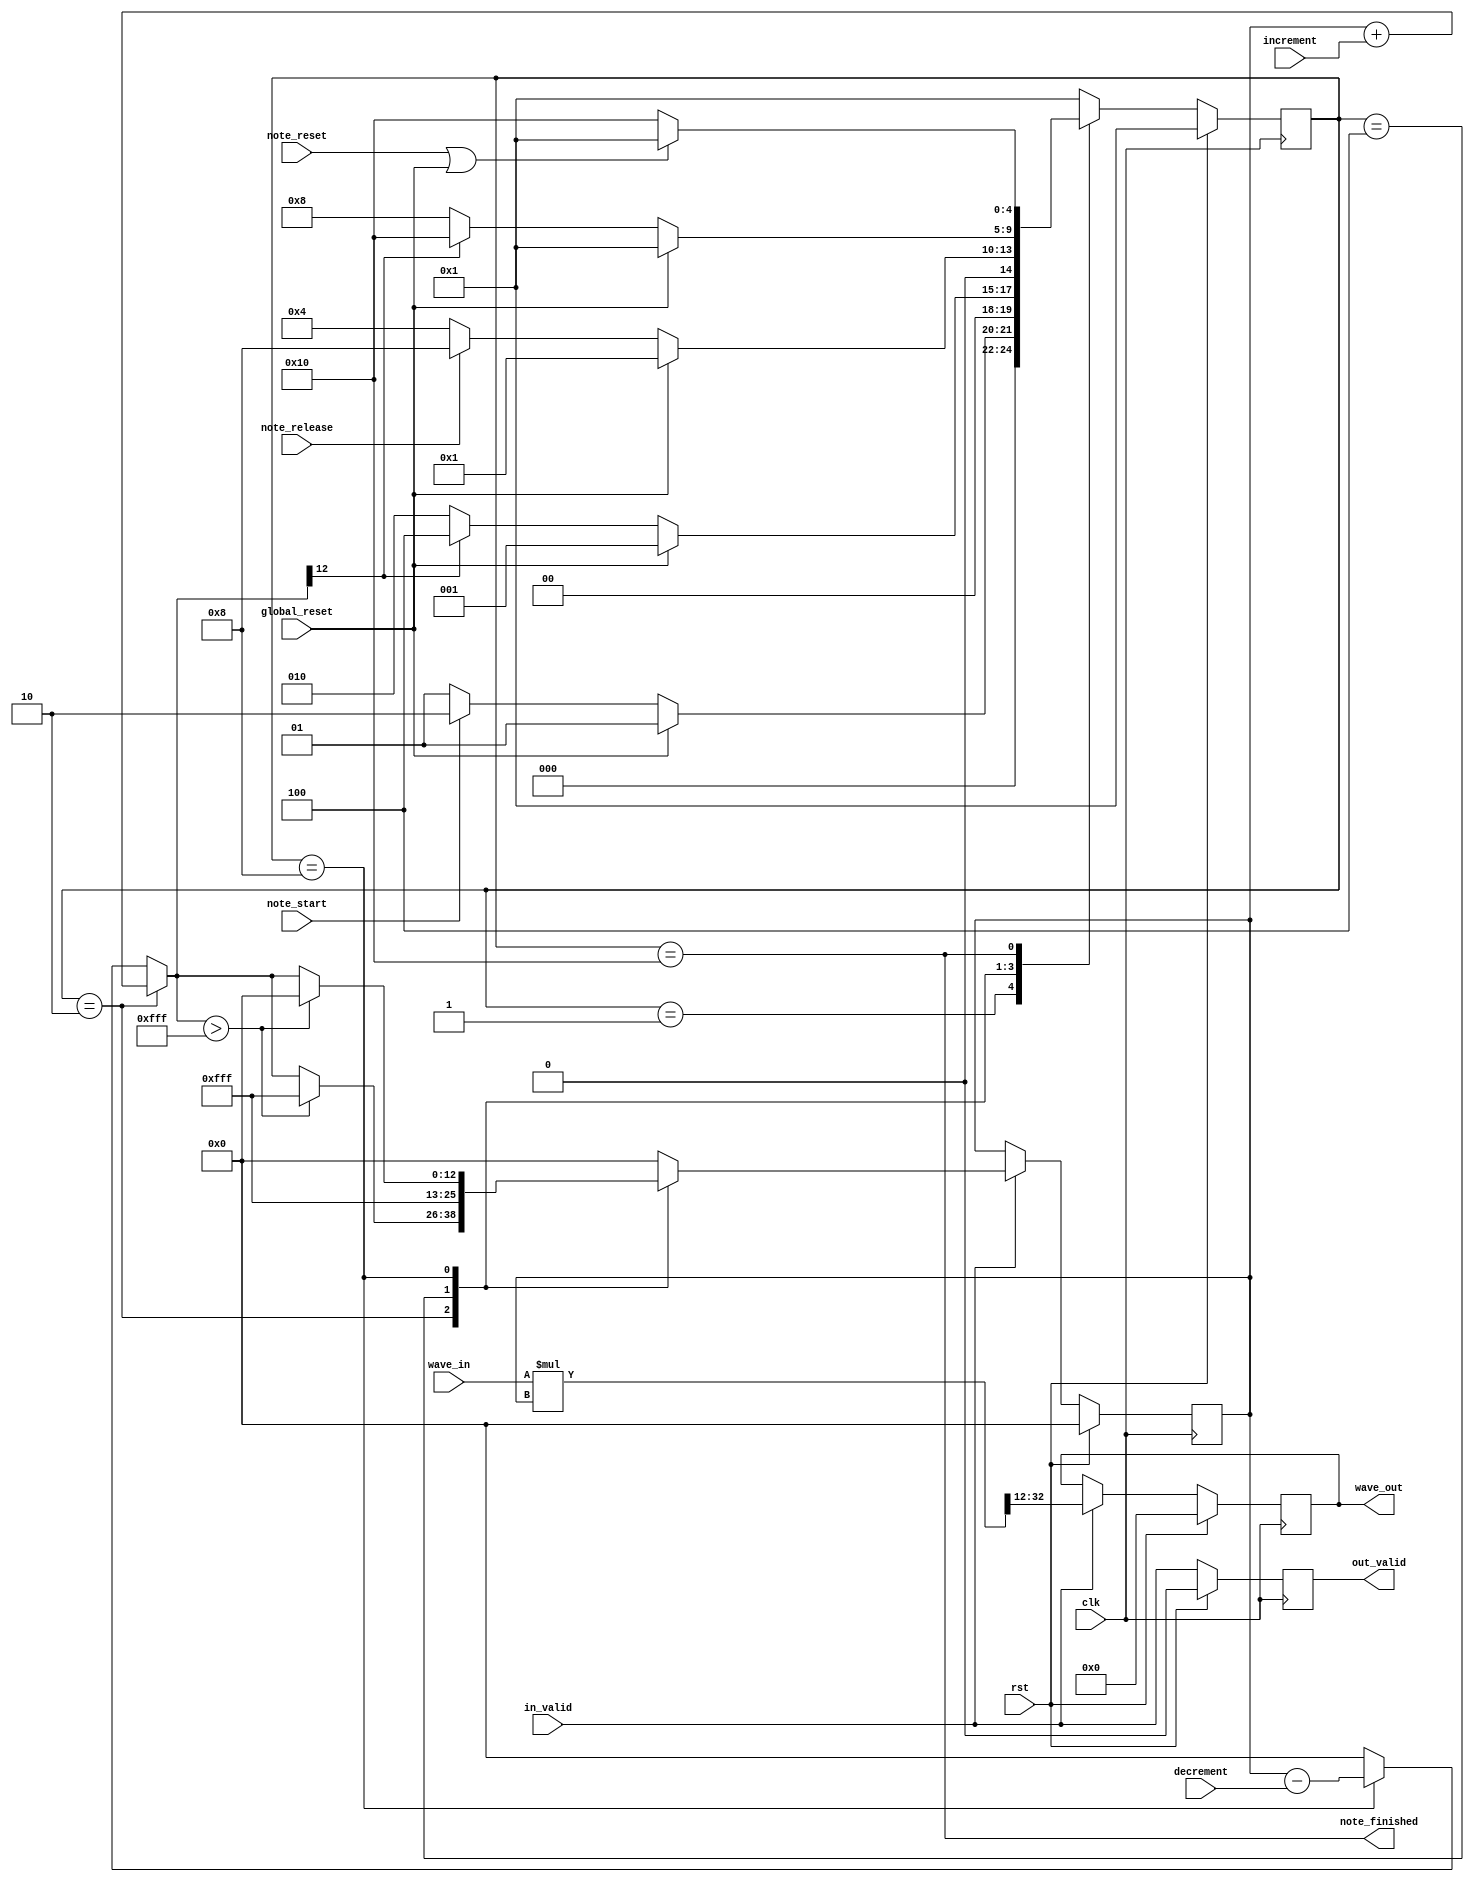
module adsr (
    input clk,
    input rst,
    input global_reset,
    input in_valid,
    input [20:0] wave_in,
    input note_start,
    input note_release,
    input note_reset,
    input [11:0] increment,
    input [11:0] decrement,
    output reg [20:0] wave_out,
    output note_finished,
    output reg out_valid
);

    localparam IDLE = 5'b00001, RISE = 5'b00010, PLAY = 5'b00100, FALL = 5'b01000, STOP = 5'b10000;
    
    reg [12:0] mult;
    wire [12:0] mult_n;
    reg [4:0] state;
    reg [4:0] next_state;
    
    wire [33:0] result;
    wire [20:0] result_q;

    assign mult_n = (state == RISE) ? mult + {1'b0, increment} : (state == FALL) ? mult - {1'b0, decrement} : 13'b0;

    always @ (*) begin
        case (state)
            IDLE:
                next_state = global_reset ? IDLE : note_start ? RISE : IDLE;
            RISE:
                next_state = global_reset ? IDLE : mult_n[12] ? PLAY : RISE;
            PLAY:
                next_state = global_reset ? IDLE : note_release ? FALL : PLAY;
            FALL:
                next_state = global_reset ? IDLE : mult_n[12] ? STOP : FALL;
            STOP:
                next_state = note_reset | global_reset ? IDLE : STOP;
            default:
                next_state = IDLE;
        endcase
    end

    always @ (posedge clk) begin
        if (rst)
            mult <= 13'b0;
        else
            if (in_valid)
                case (state)
                    IDLE:
                        mult <= 13'b0;
                    RISE:
                        mult <= (mult_n > 13'd4095) ? 13'd4095 : mult_n;
                    PLAY:
                        mult <= 13'd4095;
                    FALL:
                        mult <= (mult_n > 13'd4095) ? 13'd0 : mult_n;
                    STOP:
                        mult <= 13'b0;
                    default:
                        mult <= 13'b0;
                endcase
    end

    always @ (posedge clk) begin
        if (rst)
            state <= IDLE;
        else
            state <= next_state;
    end

    assign result = $signed(wave_in) * $signed(mult);
    assign result_q = result[32:12];

    always @ (posedge clk) begin
        if (rst) begin
            wave_out <= 21'b0;
            out_valid <= 1'b0;
        end else begin
            out_valid <= in_valid;
            if (in_valid)
                wave_out <= result_q;
        end
    end

    assign note_finished = (state == STOP);

endmodule